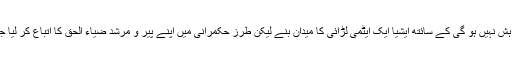
ہماری کبھی بھی یہ خواہش نہیں ہو گی کے سائتھ ایشیا ایک ایٹمی لڑائی کا میدان بنے لیکن طرز حکمرانی میں اپنے پیر و مرشد ضیاء الحق کا اتباع کر لیا جاتا تو کیا ہی مناسب تھا۔